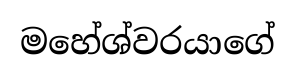
මහේශ්වරයාගේ